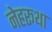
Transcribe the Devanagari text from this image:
नेहरूथा